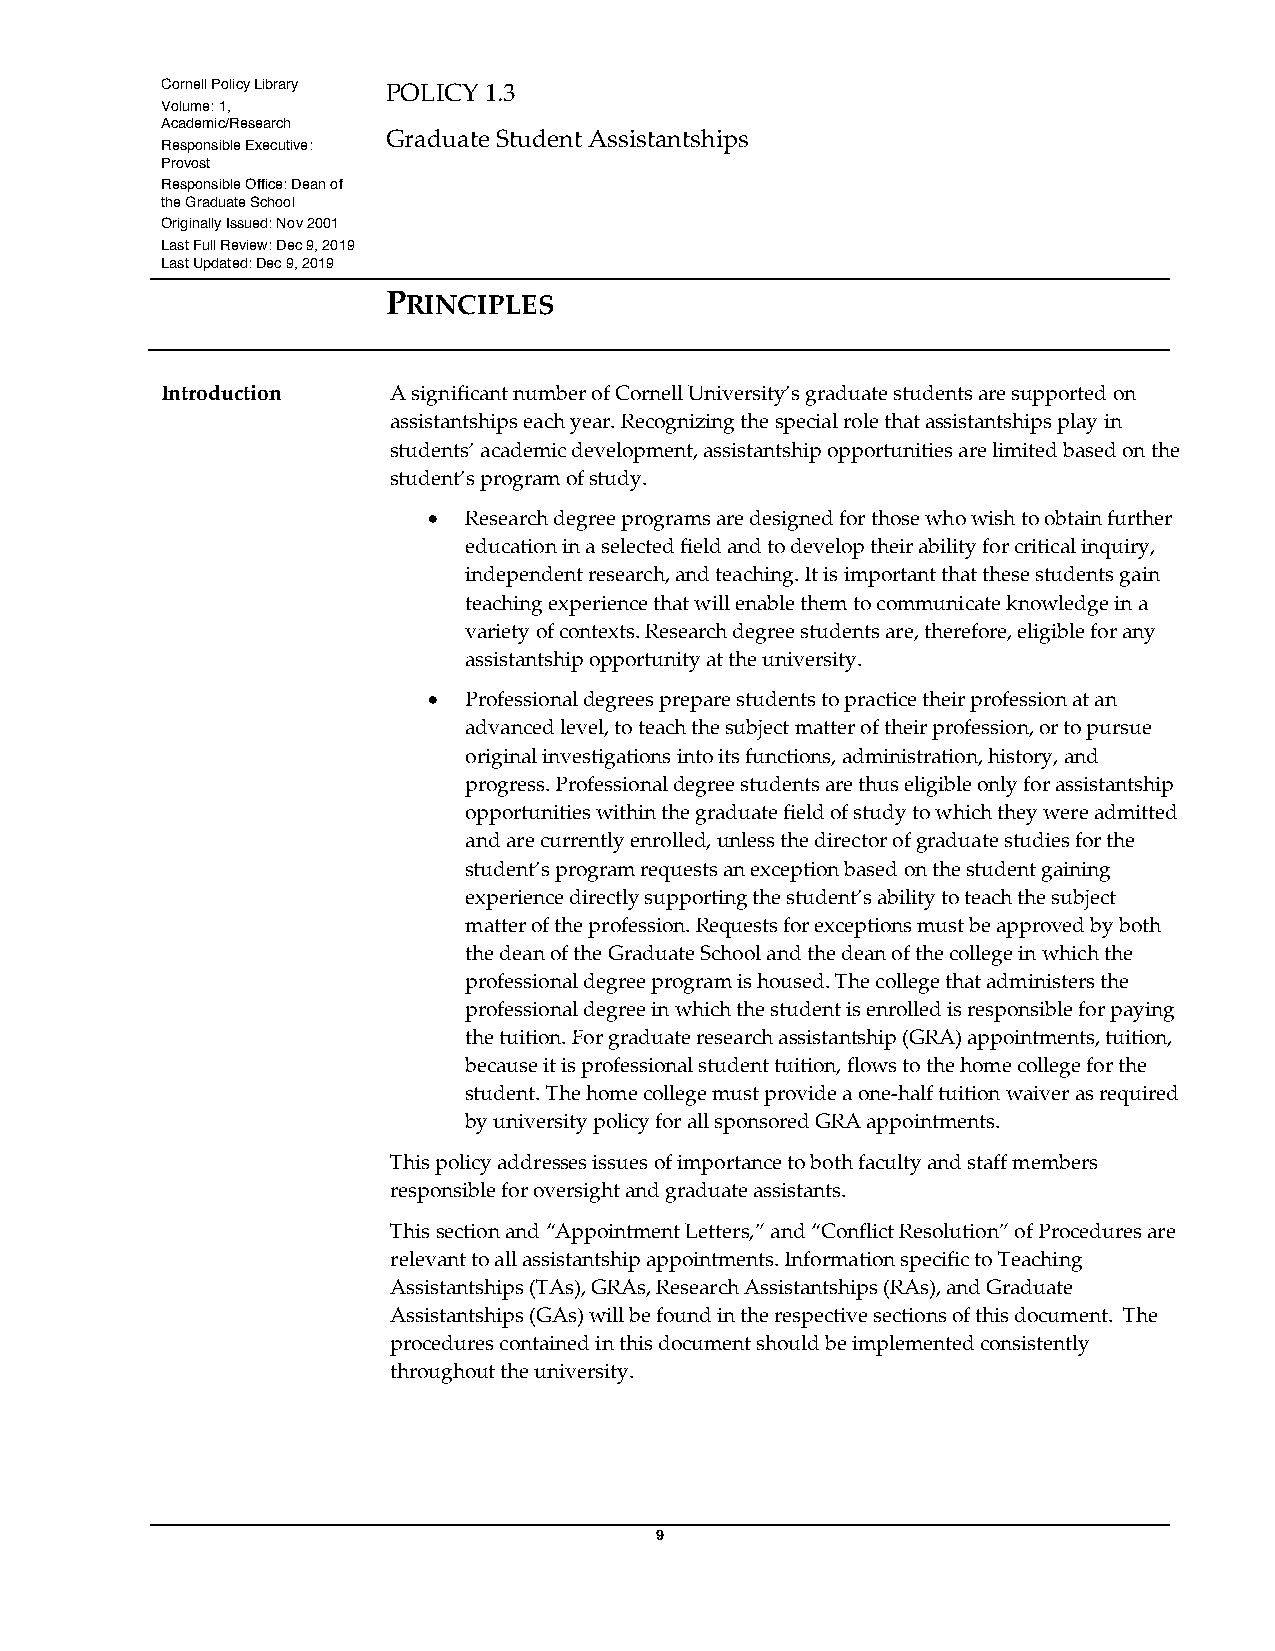
Cornell Policy Library POLICY 1.3
 Volume: 1,
 Academic/Research
 Graduate Student Assistantships
 Responsible Executive:
 Provost
 Responsible Office: Dean of
 the Graduate School
 Originally Issued: Nov 2001
 Last Full Review: Dec 9, 2019
 Last Updated: Dec 9, 2019
 PRINCIPLES
 Introduction   A significant number of Cornell University’s graduate students are supported on
 assistantships each year. Recognizing the special role that assistantships play in
 students’ academic development, assistantship opportunities are limited based on the
 student’s program of study.
 •  Research degree programs are designed for those who wish to obtain further
 education in a selected field and to develop their ability for critical inquiry,
 independent research, and teaching. It is important that these students gain
 teaching experience that will enable them to communicate knowledge in a
 variety of contexts. Research degree students are, therefore, eligible for any
 assistantship opportunity at the university.
 •  Professional degrees prepare students to practice their profession at an
 advanced level, to teach the subject matter of their profession, or to pursue
 original investigations into its functions, administration, history, and
 progress. Professional degree students are thus eligible only for assistantship
 opportunities within the graduate field of study to which they were admitted
 and are currently enrolled, unless the director of graduate studies for the
 student’s program requests an exception based on the student gaining
 experience directly supporting the student’s ability to teach the subject
 matter of the profession. Requests for exceptions must be approved by both
 the dean of the Graduate School and the dean of the college in which the
 professional degree program is housed. The college that administers the
 professional degree in which the student is enrolled is responsible for paying
 the tuition. For graduate research assistantship (GRA) appointments, tuition,
 because it is professional student tuition, flows to the home college for the
 student. The home college must provide a one-half tuition waiver as required
 by university policy for all sponsored GRA appointments.
 This policy addresses issues of importance to both faculty and staff members
 responsible for oversight and graduate assistants.
 This section and “Appointment Letters,” and “Conflict Resolution” of Procedures are
 relevant to all assistantship appointments. Information specific to Teaching
 Assistantships (TAs), GRAs, Research Assistantships (RAs), and Graduate
 Assistantships (GAs) will be found in the respective sections of this document. The
 procedures contained in this document should be implemented consistently
 throughout the university.
 9